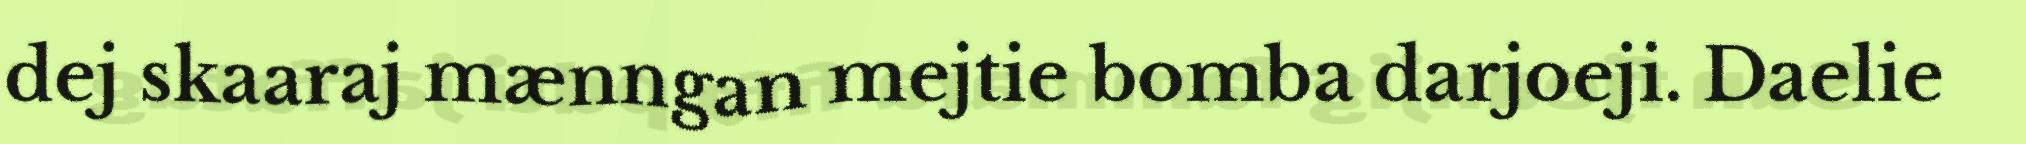
dej skaaraj mænngan mejtie bomba darjoeji. Daelie